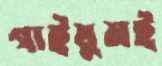
গাইয়ুমই